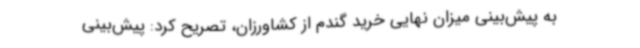
به پیش‌بینی میزان نهایی خرید گندم از کشاورزان، تصریح کرد: پیش‌بینی